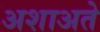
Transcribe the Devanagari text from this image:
अशाअते